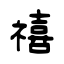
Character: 禧